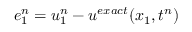
e _ { 1 } ^ { n } = u _ { 1 } ^ { n } - u ^ { e x a c t } ( x _ { 1 } , t ^ { n } )